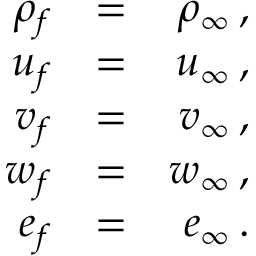
\begin{array} { r l r } { \rho _ { f } } & { = } & { \rho _ { \infty } \, \mathrm { , } } \\ { u _ { f } } & { = } & { u _ { \infty } \, \mathrm { , } } \\ { v _ { f } } & { = } & { v _ { \infty } \, \mathrm { , } } \\ { w _ { f } } & { = } & { w _ { \infty } \, \mathrm { , } } \\ { e _ { f } } & { = } & { e _ { \infty } \, \mathrm { . } } \end{array}